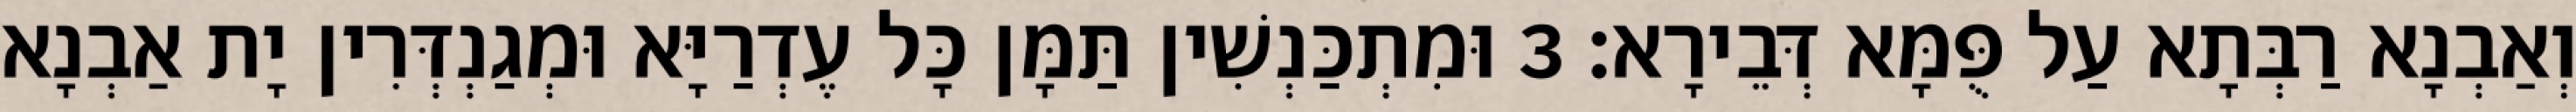
וְאַבְנָא רַבְּתָא עַל פֻּמָּא דְּבֵירָא׃ 3 וּמִתְכַּנְשִׁין תַּמָּן כָּל עֶדְרַיָּא וּמְגַנְדְּרִין יָת אַבְנָא